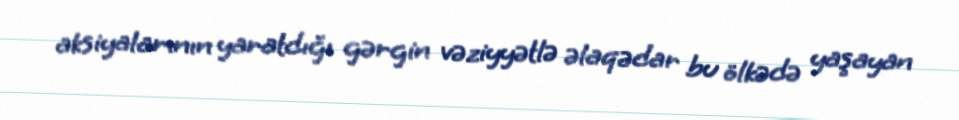
aksiyalarının yaratdığı gərgin vəziyyətlə əlaqədar bu ölkədə yaşayan